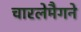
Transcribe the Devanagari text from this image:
चारलेमैगने